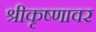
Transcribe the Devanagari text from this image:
श्रीकृष्णावर